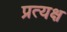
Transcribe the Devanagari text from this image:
प्रत्यक्ष